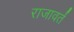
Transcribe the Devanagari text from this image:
राजावर्तं